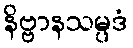
နိဗ္ဗာနသမ္ပဒံ